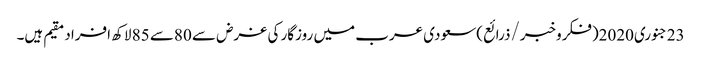
23جنوری2020(فکروخبر/ذرائع)سعودی عرب میں روزگار کی غرض سے 80سے 85 لاکھ افراد مقیم ہیں۔